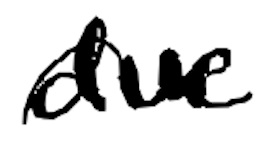
Text: due
Cross-out: wave
Writing tool: digital_black